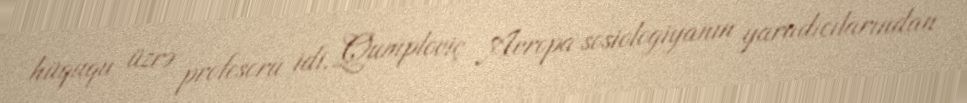
hüququ üzrə profesoru idi. Qumploviç Avropa sosiologiyanın yaradıcılarından